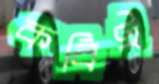
কবিই